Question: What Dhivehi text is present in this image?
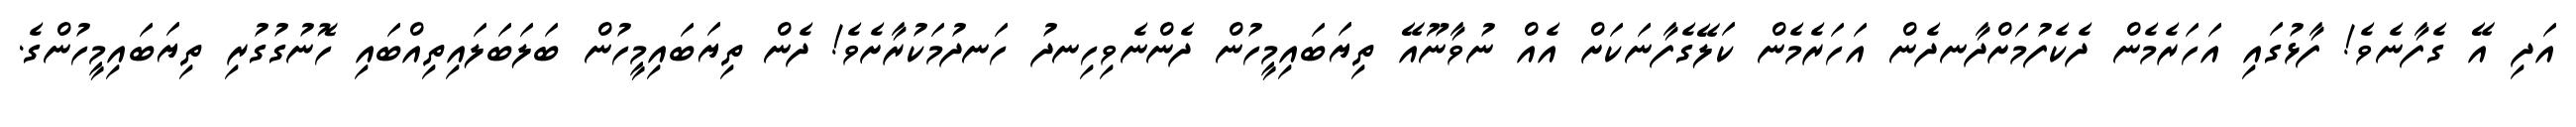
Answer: އަދި އޭ ގެފާނެވެ! ފާޅުގައި އަހަރެމެން ދެކެފުމަށްދާނދެން އަހަރެމެން ކަލޭގެފާނަކަށް އެއް ނުވާނޫއޭ ތިޔަބައިމީހުން ދެންނެވިހިނދު ހަނދުމަކުރާށެވެ! ދެން ތިޔަބައިމީހުން ބަލަބަލައިތިއްބައި ހޮނުގުގުރި ތިޔަބައިމީހުންގެ.